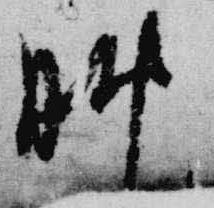
晩